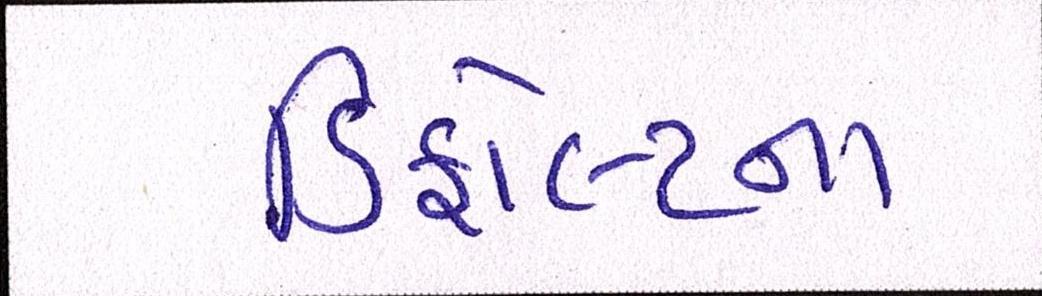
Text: ડિફોલ્ટના